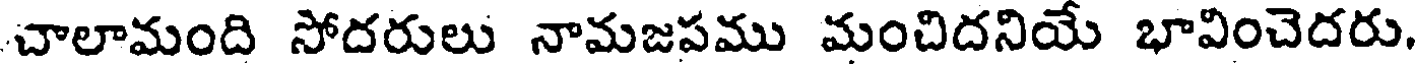
చాలామంది సోదరులు నామజపము మంచిదనియే భావించెదరు.